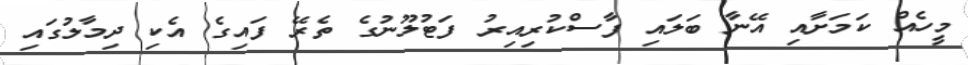
މީހެއް ކަަމަށާއި އޭނާ ބަލައި ފާސްކުރިއިރު ފަޓުލޫނުގެ ތެރޭ ފައިގެ އެކި ދިމާލުގައި